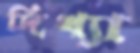
দিখ্যা